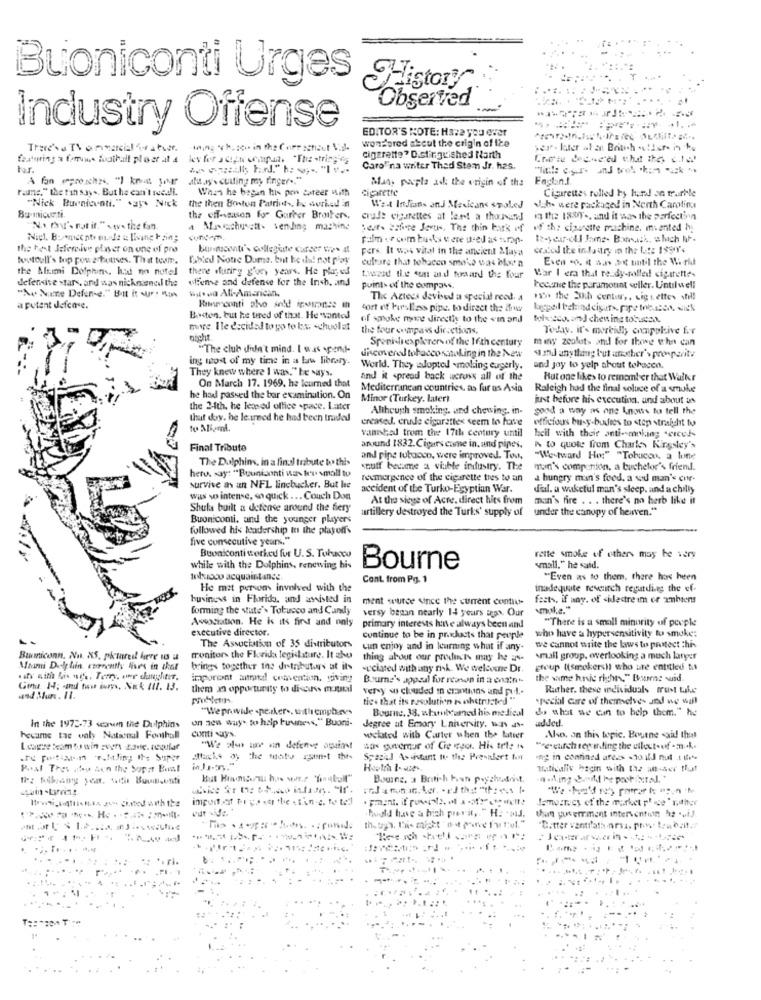
Buoniconti Urges
History
Observed
Industry Offense
EDITOR'S NOTE: Have you ever
11. .
wondered ascut the crigin of ize
wing "ch. soo in the Core schaut Vid-
featuring a forums foothill plo er at 4
cigarette? Distinguished North
har.
Caro'na writer Thad Stemm Jr. has.
atu sys cutting my finger .. "
Man, papla ask the origin of the
rame." the fan says. But he can't recall.
When he began his pon career with
cigarette
Cigarettes rolled ty hard on truthle
"Nick Buenicenti," says Nick
the then Boston Patriots, he surhed in
West Indians and Mexicans spoLed
Uh were packaged in North Carolina
Bamicurti.
the off-season for Garber Broniters,
crude cigarettes at lant a thunand
in the 188y -, and it was the perfectbn
Na mu's rotif." .w. the fan.
a Machusett. sending machine
Serts safere Jertis. The thin task of of the cigarette machine. iwanted h
Niet. Boonecents mode & living Hain;
concom.
Falm + com busts u ere used as trans-
te-year-old Jeme- Bansuch, sluch ht-
the test Jeferelive player on une el pro
pers. It was vital in the ancient >laya
exed the infairy in the Lutz 189Y's
toutoull's top powa houses. That tom.
Ahied Notre Dame, but he did not play
culare that tobacco smoke was blac n
Even -o. i was Set until the W riul
the Alumi Dolphin, had no nutel
thene sturing g'ory years. He played
defensive stars, and was nicknoened the
offense and defense for the Inch. and
toward the sun and forward the four
War I era that resdy-rolled! cigarette-
waswa All-American,
points of the compass.
became the paramount seller. Untilwell
"No Notre Defense." But it AUF ! MON
The Aztecs devised a special reed. a
115. the 20th centur ,. vig tettes shill
a putant defco e.
tort of Farslless pipe. to direct the doww
Boston, but he tired of that. He wanted
of smoke more directly to the vin and
folksces. and chewing tofucso.
more. Ile decided to go to bs -chuolat
the four compass directions.
Today. it's moreidh compolive for
nacht
Spenihres plerersof the 16th century
meny zcolots and for those who can
"The club undn't mind. I was spend-
ing most of my time in a baw library.
discovered tobaccosmoking in the New
4mil anything but afkother's prosperity
They knew where I was." be ways.
World. They adopted -moking eugerly.
and joy to yelp about tohacen.
and it spread back across all of the
But one likes to remember that Walker
On March 17. 1969, he leurned that
Mediterranean countries, as fur os Asia
Raleigh had the final soluce of a smule
he had passed the bar examination. On
Minor (Turkey, Later)
just before his executing, and about us
the 24th, he leaned office .pace. Later
Although smoking, and chewing, in-
good a way as one knows to tell the
that doy. he le ummed he had bech traded
creased, ende cigarettes seem to have
officious busy.budies to stop straight to
vanished trom the 17th century until
heil with their anti-smoking sercef-
Final Tribute
around 1832. Cigars come in. and pipes.
A to quote from Charles Kingsley's
The Dolphins, in a final tribute to this
and pipe tobacco, were improved. Tou,
"Westward Ho:" "Tobucco, a lone
here. say: "Buunisonti Was teu small tu
stuff betume a viable industry. The
non's companion. a buchelor's friend.
reemergence of the cigarette tres to an
a hungry man's food, a vid man's cor-
survive an an NFL linebacker. But lee
accident of the Turko-Egyptian War.
d'al. a wakeful man's sleep, and a chilly
was so intense, so quick ... Couch Don
At the siege of Acre. direct hits from
man's fire . . . there's no herb like it
Shulas built a defense around the fiery
artillery destroyed the Turks' supply of under the canopy of heaven."
Buoniconti, und the younger players
followed his leadership In the playoffs
five consecutive years."
Buoniconti worked fur U.S. Tobacco
rette smoke of others may be very
while with the Dolphins, renewing his
Bourne
small." he said.
toco acquaintance.
Cant from Pg. 1
"Even as to them. there hos heen
He met persons involved with the
inadequate revoirch regarding the ef-
business in Florida, and assisted in
ment wurde since the current contiu-
fests, if any. of -idlastre im or ambiens
forming the state'> Tobucco and Candy
versy began nearly 14 years iras. Our
vmuke."
Association. He k its first and only
"There is a small minority of peuple
executive director.
primary interests have always been and
continue to be in pr.xlucts that people
who have a hypersensitivity tu smoke:
The Association of 35 distributors
cun enjoy and in leurning what if any
we cannot write the laws to protect this
Buumiconn, No. X5, pktared here 13 u
monitor the Florida legislature. It sho
thing about our products may he ars-
small group, overlooking a much larger
Mami Dolphin currently lives in that
brings together in: distributors at its
wpciated with any risk. We welcome Dr.
group ((smokers)) who are entitled til
uity with his wife. Terry, our daughter.
imporont antdl convention, giving
Bourne's appeal for reason in a onzin-
the wme hnsic rights," Baume suid.
Gina I4; and toon bury, Nok til. 13.
them an opportunity to discuss moutal
very so chouded in erations and pool.
Rather. these individuals trust take
ties that its resolution is ohstrusted ""
"pecial cure of themselves and we wahl
"Wepnwide .perker ., withicmpharves
Bourne, 33. whatubicamod his medical
do what we can to help them." he
on new ways to help business," Buoni-
In the 1972-73 serum the Dolphins
conti ys.
degree ut Emory University, un av-
hecame tas valy Nativeal Fomthull
welted with Carter when the Litter
Also, on this topic. Bourne said that
"We olur um in defenve again!
sas guverur of Cie ego. His tel: +
"research regarding the uilout-of - ....
Spacel Assistant to the Providert for
ing in confined areas should nut 1 th
Paal Thes aley Aen the Sopar Bust
Talicallv hacin with the aner that
Iz fubraing yoa. scar Buulsenti
Bourne, a British han psychiatrist.
Jamesrecy of the market price " rather
thun yaverrment intervention he .viJ.
.: